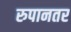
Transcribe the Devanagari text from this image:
रुपानतर